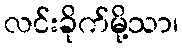
လင်းခိုက်မို့သာ၊